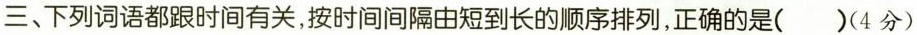
三、下列词语都跟时间有关，按时间间隔由短到长的顺序排列，正确的是()(4分)